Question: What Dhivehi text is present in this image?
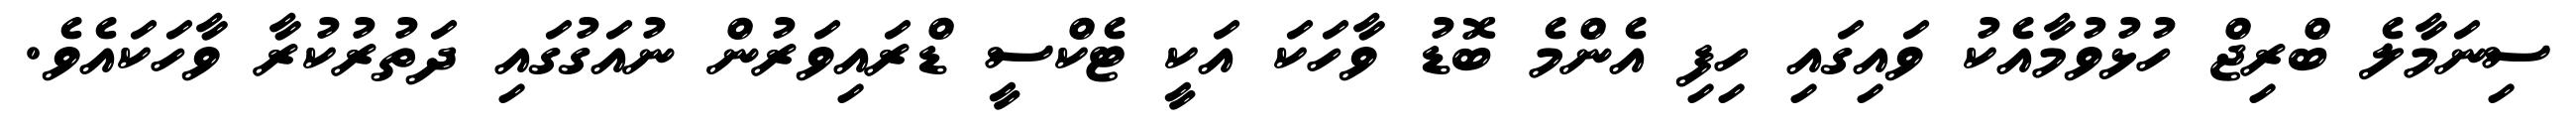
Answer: ސިނަމާލެ ބްރިޖް ހުޅުވުމާއެކު ވައިގައި ހިފި އެންމެ ބޮޑު ވާހަކަ އަކީ ޓެކްސީ ޑްރައިވަރުން ނުއަގުގައި ދަތުރުކުރާ ވާހަކައެވެ.